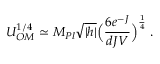
U _ { O M } ^ { 1 / 4 } \simeq M _ { P l } \sqrt { | h | } \Big ( \frac { 6 e ^ { - J } } { d J V } \Big ) ^ { \frac { 1 } { 4 } } \; .